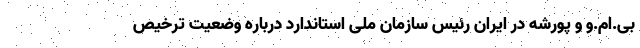
بی.ام.و و پورشه در ایران رئیس سازمان ملی استاندارد درباره وضعیت ترخیص